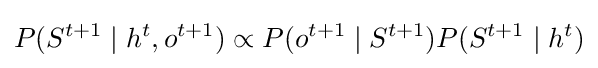
P(S^{t+1}\mid h^{t},o^{t+1})\propto P(o^{t+1}\mid S^{t+1})P(S^{t+1}\mid h^{t})